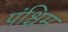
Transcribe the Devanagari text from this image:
पंश्चिम